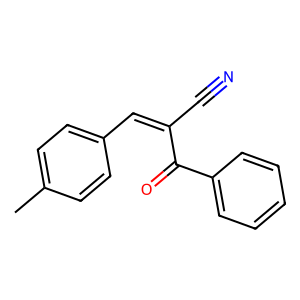
SMILES: Cc1ccc(C=C(C#N)C(=O)c2ccccc2)cc1
Inhibits HIV replication: No